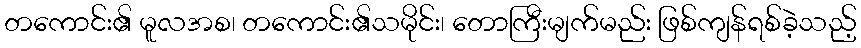
တကောင်း၏ မူလအစ၊ တကောင်း၏သမိုင်း၊ တောကြီးမျက်မည်း ဖြစ်ကျန်ရစ်ခဲ့သည့်